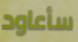
سأعاود